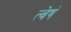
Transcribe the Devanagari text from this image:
त्वेषं